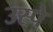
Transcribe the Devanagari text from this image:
उस्पे